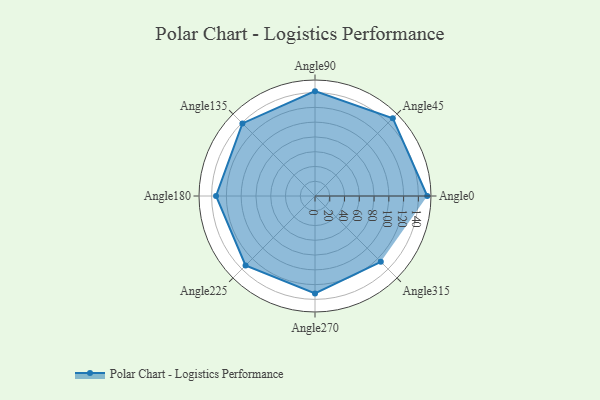
{"axis": {"x": "Angle", "y": "Radius"}, "legend": [""], "data": [{"x": "Angle0", "y": 152.0, "type": ""}, {"x": "Angle45", "y": 149.0, "type": ""}, {"x": "Angle90", "y": 142.0, "type": ""}, {"x": "Angle135", "y": 139.0, "type": ""}, {"x": "Angle180", "y": 134.0, "type": ""}, {"x": "Angle225", "y": 133.0, "type": ""}, {"x": "Angle270", "y": 132.0, "type": ""}, {"x": "Angle315", "y": 126.0, "type": ""}]}